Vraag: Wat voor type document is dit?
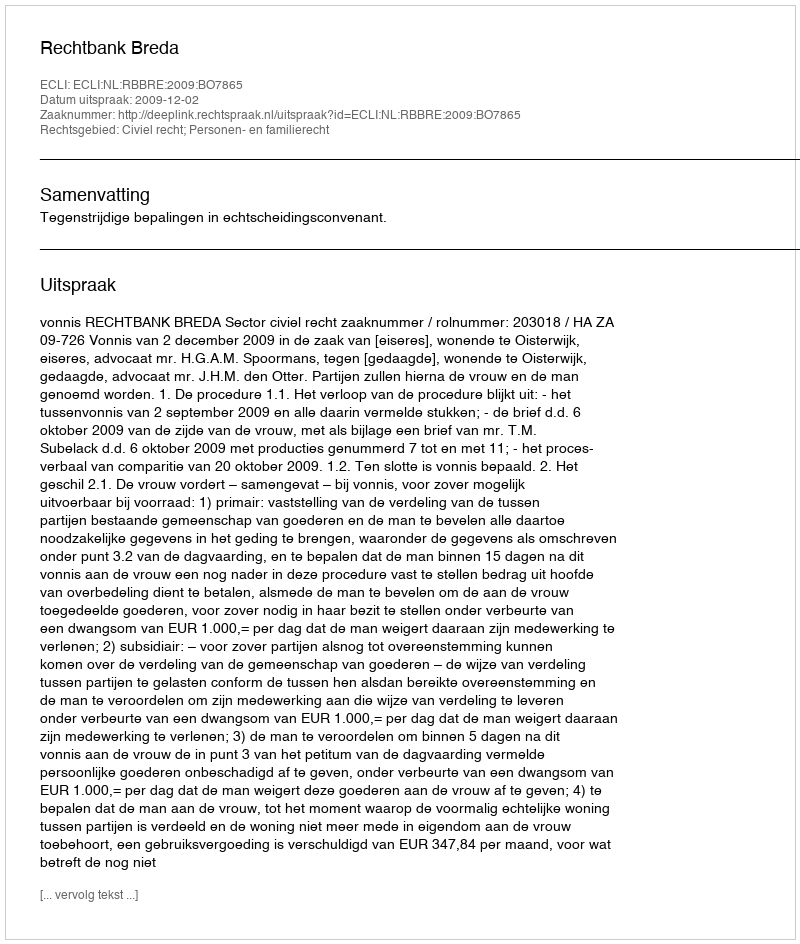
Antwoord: Uitspraak